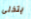
يتخلى